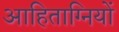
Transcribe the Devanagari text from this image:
आहिताग्नियों